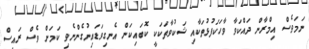
ނަމަވެސް އިމްރާން ދައްކަވާ ވާހަކަފުޅުތަކާއި ޝަކުވާތަކަކީ ކޮބައިކަން އެނގިވަޑައިނުގެންނެވި ކަމަށް ވެސް ރައީސް